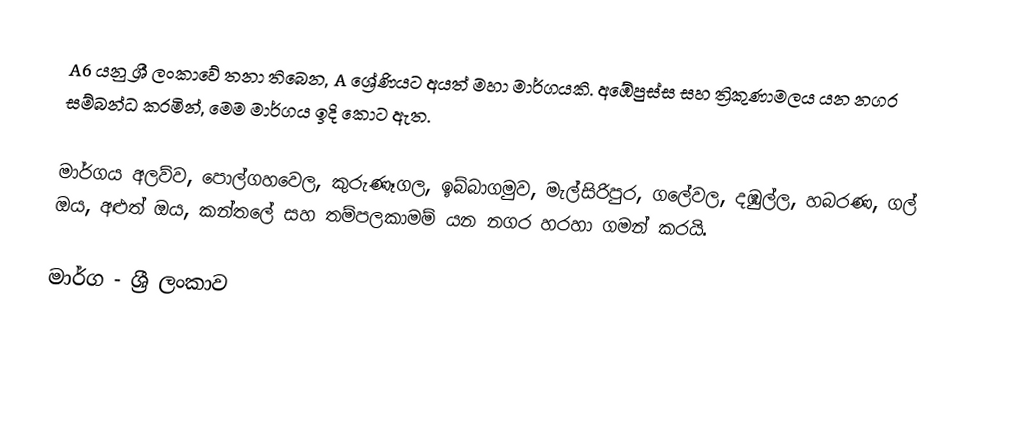
A6 යනු ශ්‍රී ලංකාවේ තනා තිබෙන, A ශ්‍රේණියට අයත් මහා මාර්ගයකි. අඹේපුස්ස සහ ත්‍රිකුණාමලය යන නගර සම්බන්ධ කරමින්, මෙම මාර්ගය ඉදි කොට ඇත.

මාර්ගය අලව්ව, පොල්ගහවෙල, කුරුණෑගල, ඉබ්බාගමුව, මැල්සිරිපුර, ගලේවල, දඹුල්ල, හබරණ, ගල් ඔය, අළුත් ඔය, කන්තලේ සහ තම්පලකාමම් යන නගර හරහා ගමන් කරයි.

මාර්ග - ශ්‍රී ලංකාව